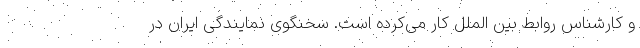
و کارشناس روابط بین الملل کار می‌کرده است. سخنگوی نمایندگی ایران در